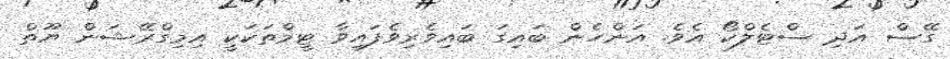
ގޭސް އަދި ސްޓެލްކޯ އެވެ. އަންހެން ބައިގަ ބައިވެރިވެފައިވާ ޓީމްތަކަކީ އިމިގްރޭޝަން ޔޫތް